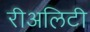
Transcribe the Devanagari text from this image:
रीअलिटी